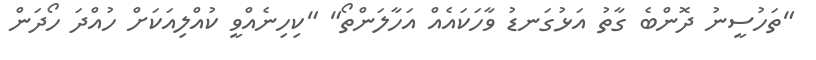
"ތަހުސީނު ދޮންބެ ގާތު އަޅުގަނޑު ވާހަކައެއް އަހާލަންތޯ" "ކިހިނެއްވީ ކުއްލިއަކަށް ހުއްދަ ހޯދަން